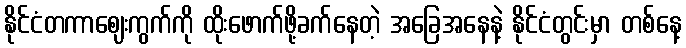
နိုင်ငံတကာဈေးကွက်ကို ထိုးဖောက်ဖို့ခက်နေတဲ့ အခြေအနေနဲ့ နိုင်ငံတွင်းမှာ တစ်နေ့